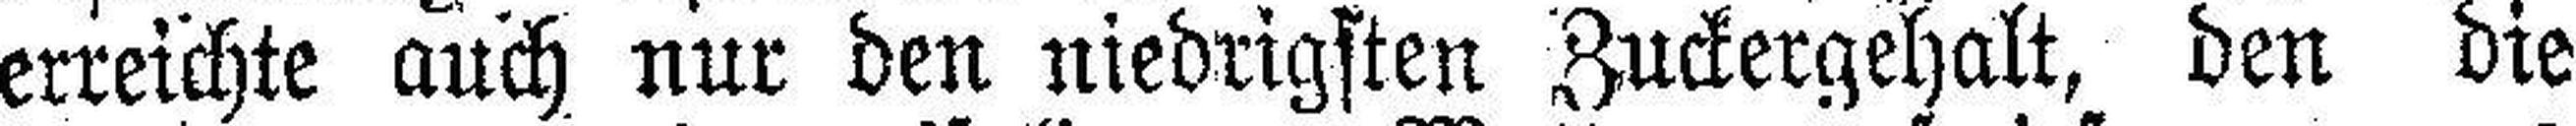
erreichte auch nur den niedrigsten Zuckergehalt, den die